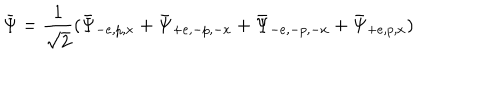
LaTeX: \bar { \Psi } = \frac { 1 } { \sqrt { 2 } } ( \bar { \Psi } _ { - e , p , x } + \bar { \Psi } _ { + e , - p , - x } + \bar { \Psi } _ { - e , - p , - x } + \bar { \Psi } _ { + e , p , x } )